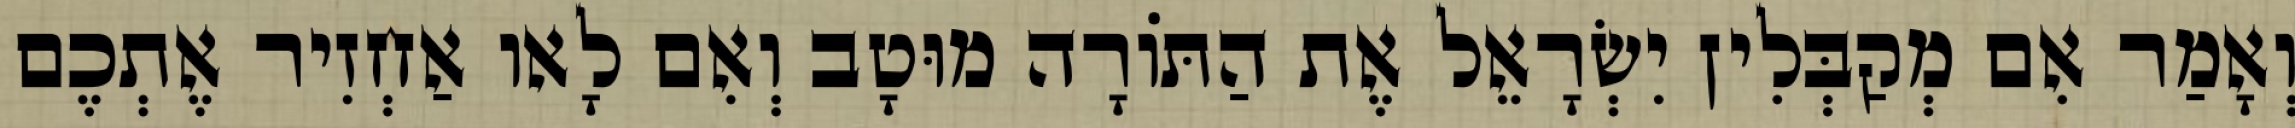
וְאָמַר אִם מְקַבְּלִין יִשְׂרָאֵל אֶת הַתּוֹרָה מוּטָב וְאִם לָאו אַחְזִיר אֶתְכֶם